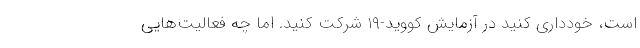
است، خودداری کنید در آزمایش کووید-۱۹ شرکت کنید. اما چه فعالیت‌هایی